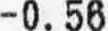
-0.56